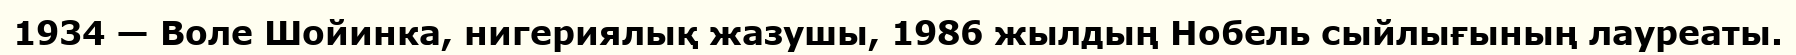
1934 — Воле Шойинка, нигериялық жазушы, 1986 жылдың Нобель сыйлығының лауреаты.